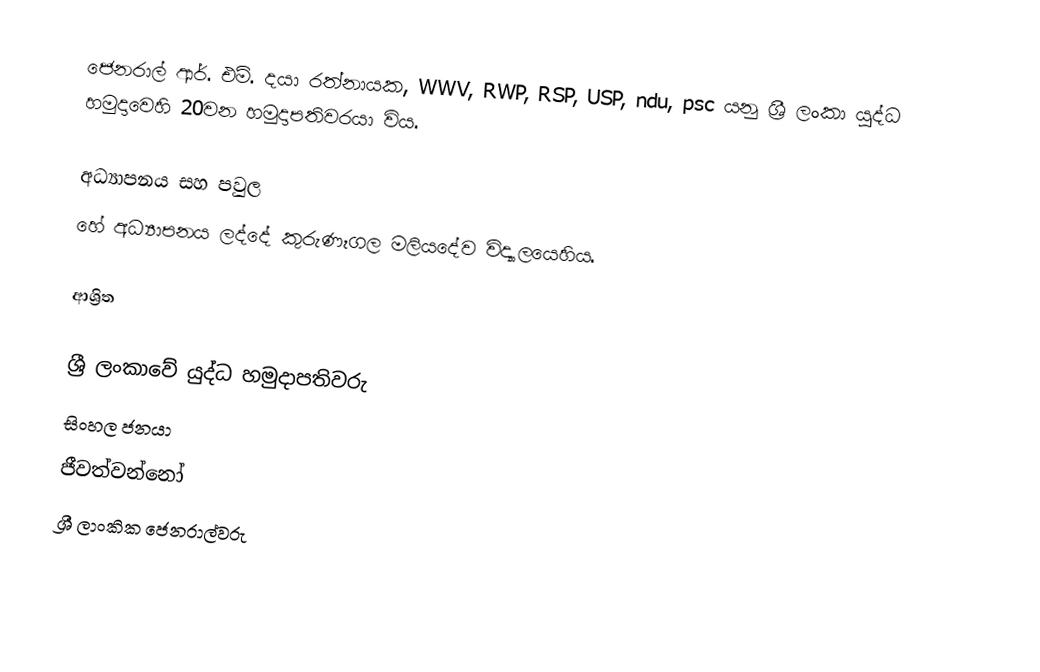
ජෙනරාල් ආර්. එම්. දයා රත්නායක, WWV, RWP, RSP, USP, ndu, psc යනු  ශ්‍රී ලංකා යුද්ධ හමුදාවෙහි 20වන හමුදාපතිවරයා විය.

අධ්‍යාපනය සහ පවුල
හේ අධ්‍යාපනය ලද්දේ  කුරුණෑගල  මලියදේව විද්‍යාලයෙහිය.

ආශ්‍රිත

ශ්‍රී ලංකාවේ යුද්ධ හමුදාපතිවරු
සිංහල ජනයා
ජීවත්වන්නෝ
ශ්‍රී ලාංකික ජෙනරාල්වරු